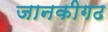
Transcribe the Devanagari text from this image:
जानकीगढ